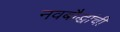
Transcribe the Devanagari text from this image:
नवबौद्धांची